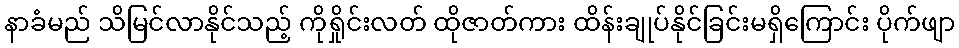
နာခံမည် သိမြင်လာနိုင်သည့် ကိုရှိုင်းလတ် ထိုဇာတ်ကား ထိန်းချုပ်နိုင်ခြင်းမရှိကြောင်း ပိုက်ဖျာ